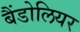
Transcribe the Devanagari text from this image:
बैंडोलियर